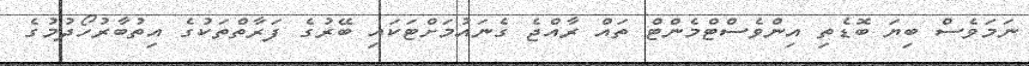
ނަމަވެސް ބިޔަ ބޮޑެތި އިންވެސްޓްމެންޓް ތައް ރާއްޖެ ގެނައުމަށްޓަކައި ބޭރުގެ ފަރާތްތަކުގެ އިތުބާރުހޯދުމުގެ